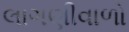
લાગણીવાળો